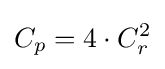
C_{p}=4\cdot C_{r}^{2}